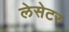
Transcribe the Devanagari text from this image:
लेसेटर